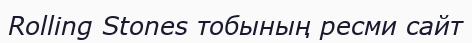
Rolling Stones тобының ресми сайт